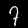
Label: 7